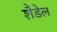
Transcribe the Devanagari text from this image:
शैडेल